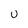
Character: U